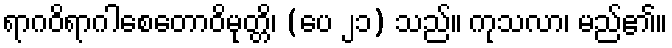
ရာဂဝိရာဂါစေတောဝိမုတ္တိ၊ (ပေ ၂၁) သည်။ ကုသလာ၊ မည်၏။